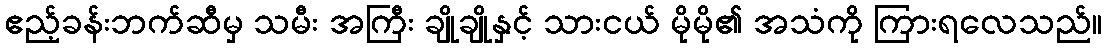
ဧည့်ခန်းဘက်ဆီမှ သမီး အကြီး ချိုချိုနှင့် သားငယ် မိုမို၏ အသံကို ကြားရလေသည်။